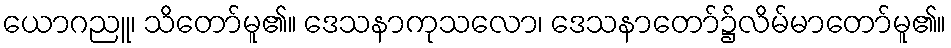
ယောဂညူ၊ သိတော်မူ၏။ ဒေသနာကုသလော၊ ဒေသနာတော်၌လိမ်မာတော်မူ၏။